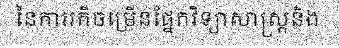
នៃការរកីចម្រើនផ្នែកវិទ្យាសាស្ត្រនិង